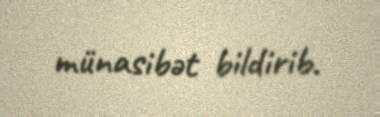
münasibət bildirib.